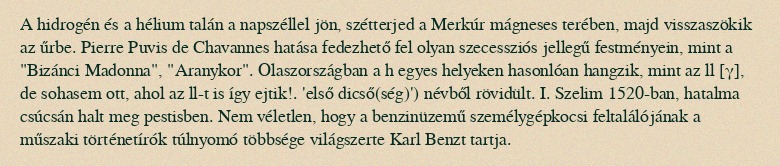
A hidrogén és a hélium talán a napszéllel jön, szétterjed a Merkúr mágneses terében, majd visszaszökik az űrbe. Pierre Puvis de Chavannes hatása fedezhető fel olyan szecessziós jellegű festményein, mint a "Bizánci Madonna", "Aranykor". Olaszországban a h egyes helyeken hasonlóan hangzik, mint az ll [γ], de sohasem ott, ahol az ll-t is így ejtik!. 'első dicső(ség)') névből rövidült. I. Szelim 1520-ban, hatalma csúcsán halt meg pestisben. Nem véletlen, hogy a benzinüzemű személygépkocsi feltalálójának a műszaki történetírók túlnyomó többsége világszerte Karl Benzt tartja.